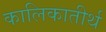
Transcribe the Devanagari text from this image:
कालिकातीर्थ